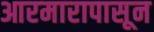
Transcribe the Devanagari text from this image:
आरमारापासून